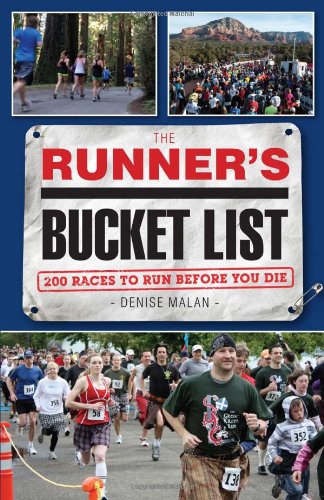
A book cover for The Runner's Bucket List: 200 Races to Run Before You Die; Denise Malan; Sports & Outdoors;